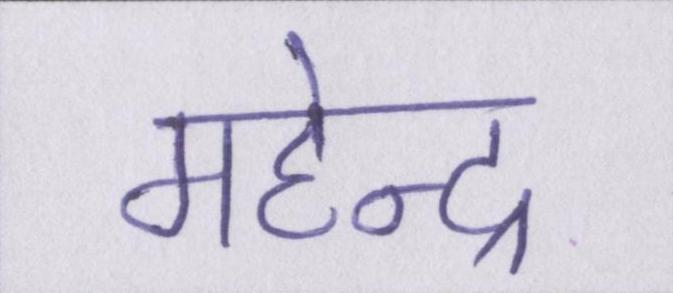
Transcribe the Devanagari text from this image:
महेन्द्र